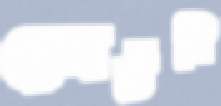
কোর্টনি